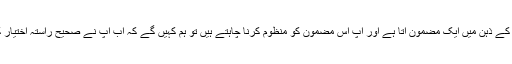
آپ کے ذہن میں ایک مضمون آتا ہے اور آپ اس مضمون کو منظوم کرنا چاہتے ہیں تو ہم کہیں گے کہ اب آپ نے صحیح راستہ اختیار کیا۔